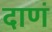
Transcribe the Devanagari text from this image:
दाणं